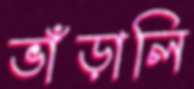
ভাঁড়ালি